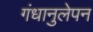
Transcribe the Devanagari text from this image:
गंधानुलेपन